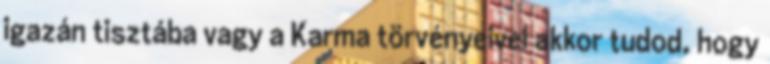
igazán tisztába vagy a Karma törvényeivel akkor tudod, hogy